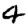
Digit: 4